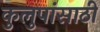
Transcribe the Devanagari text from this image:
कुलुपांसाठी